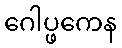
ဂေါပ္ဖကေန